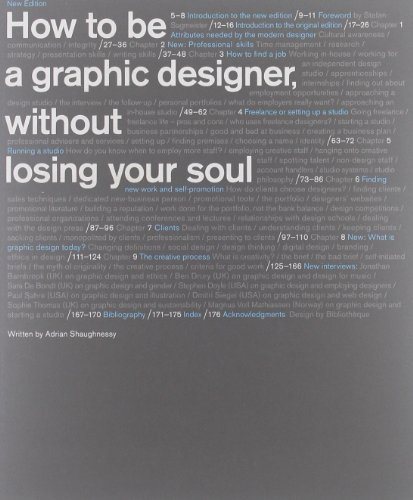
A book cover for How to Be a Graphic Designer without Losing Your Soul (New Expanded Edition); Adrian Shaughnessy; Arts & Photography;